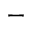
-